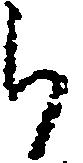
ら